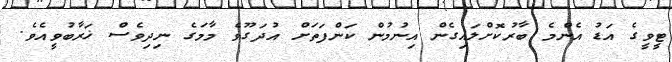
ޓީވީގެ އަޑު އެންމެ ބާރުކޮށްލައިގެން އިނުމުން ކަންފަތަށް އުދަގޫވެ މާމަގެ ނިދިވެސް ޚަރާބުވީއެވެ.